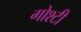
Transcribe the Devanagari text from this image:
गोश्टी